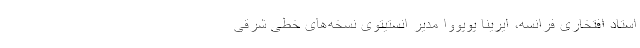
استاد افتخاری فرانسه، ایرینا پوپووا مدیر انستیتوی نسخه‌های خطی شرقی